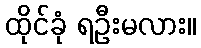
ထိုင်ခုံ ရဦးမလား။